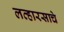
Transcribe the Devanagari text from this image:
लव्हारसाचे